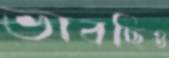
ভাবছিও